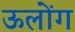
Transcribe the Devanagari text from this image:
ऊलोंग